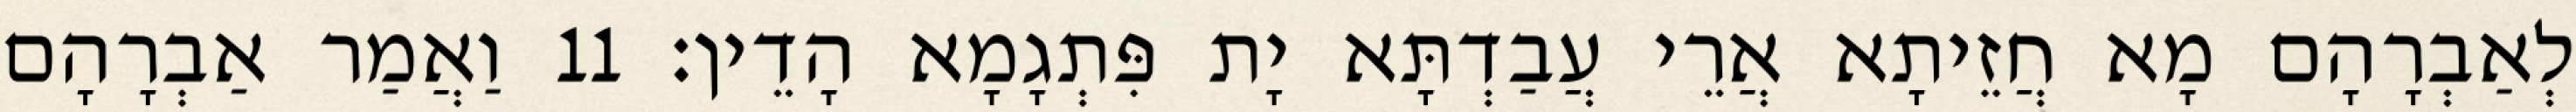
לְאַבְרָהָם מָא חֲזֵיתָא אֲרֵי עֲבַדְתָּא יָת פִּתְגָמָא הָדֵין׃ 11 וַאֲמַר אַבְרָהָם